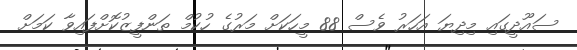
ސައޫދީގައި މިދިޔަ އަހަރު ވެސް 88 މީހަކަށް މަރުގެ ހުކުމް ތަންފީޒުކޮށްފައިވާ ކަމަށް